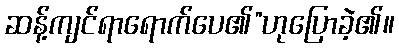
ဆန့်ကျင်ရာရောက်ပေ၏”ဟုပြောခဲ့၏။